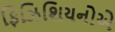
ફિઝિશિયનોએ